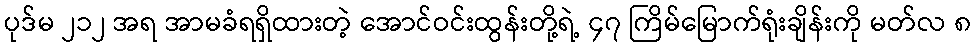
ပုဒ်မ ၂၁၂ အရ အာမခံရရှိထားတဲ့ အောင်ဝင်းထွန်းတို့ရဲ့ ၄၇ ကြိမ်မြောက်ရုံးချိန်းကို မတ်လ ၈